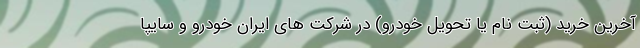
آخرين خريد (ثبت نام يا تحويل خودرو) در شركت هاي ايران خودرو و سايپا